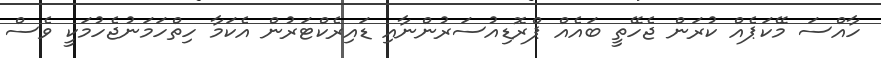
ހާއްސަ މޭކަޕެއް ކުރަން ޖެހޭތީ ބައެއް ޕްރޮޑިއުސަރުންނާއި ޑައިރެކްޓަރުން އެކަމާ ހިތްހަމަނުޖެހުމަކީ ވެސް